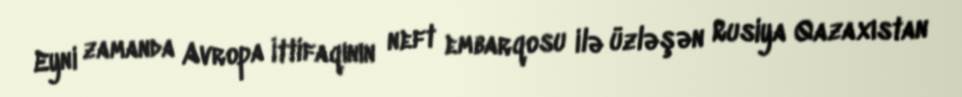
Eyni zamanda Avropa İttifaqının neft embarqosu ilə üzləşən Rusiya Qazaxıstan